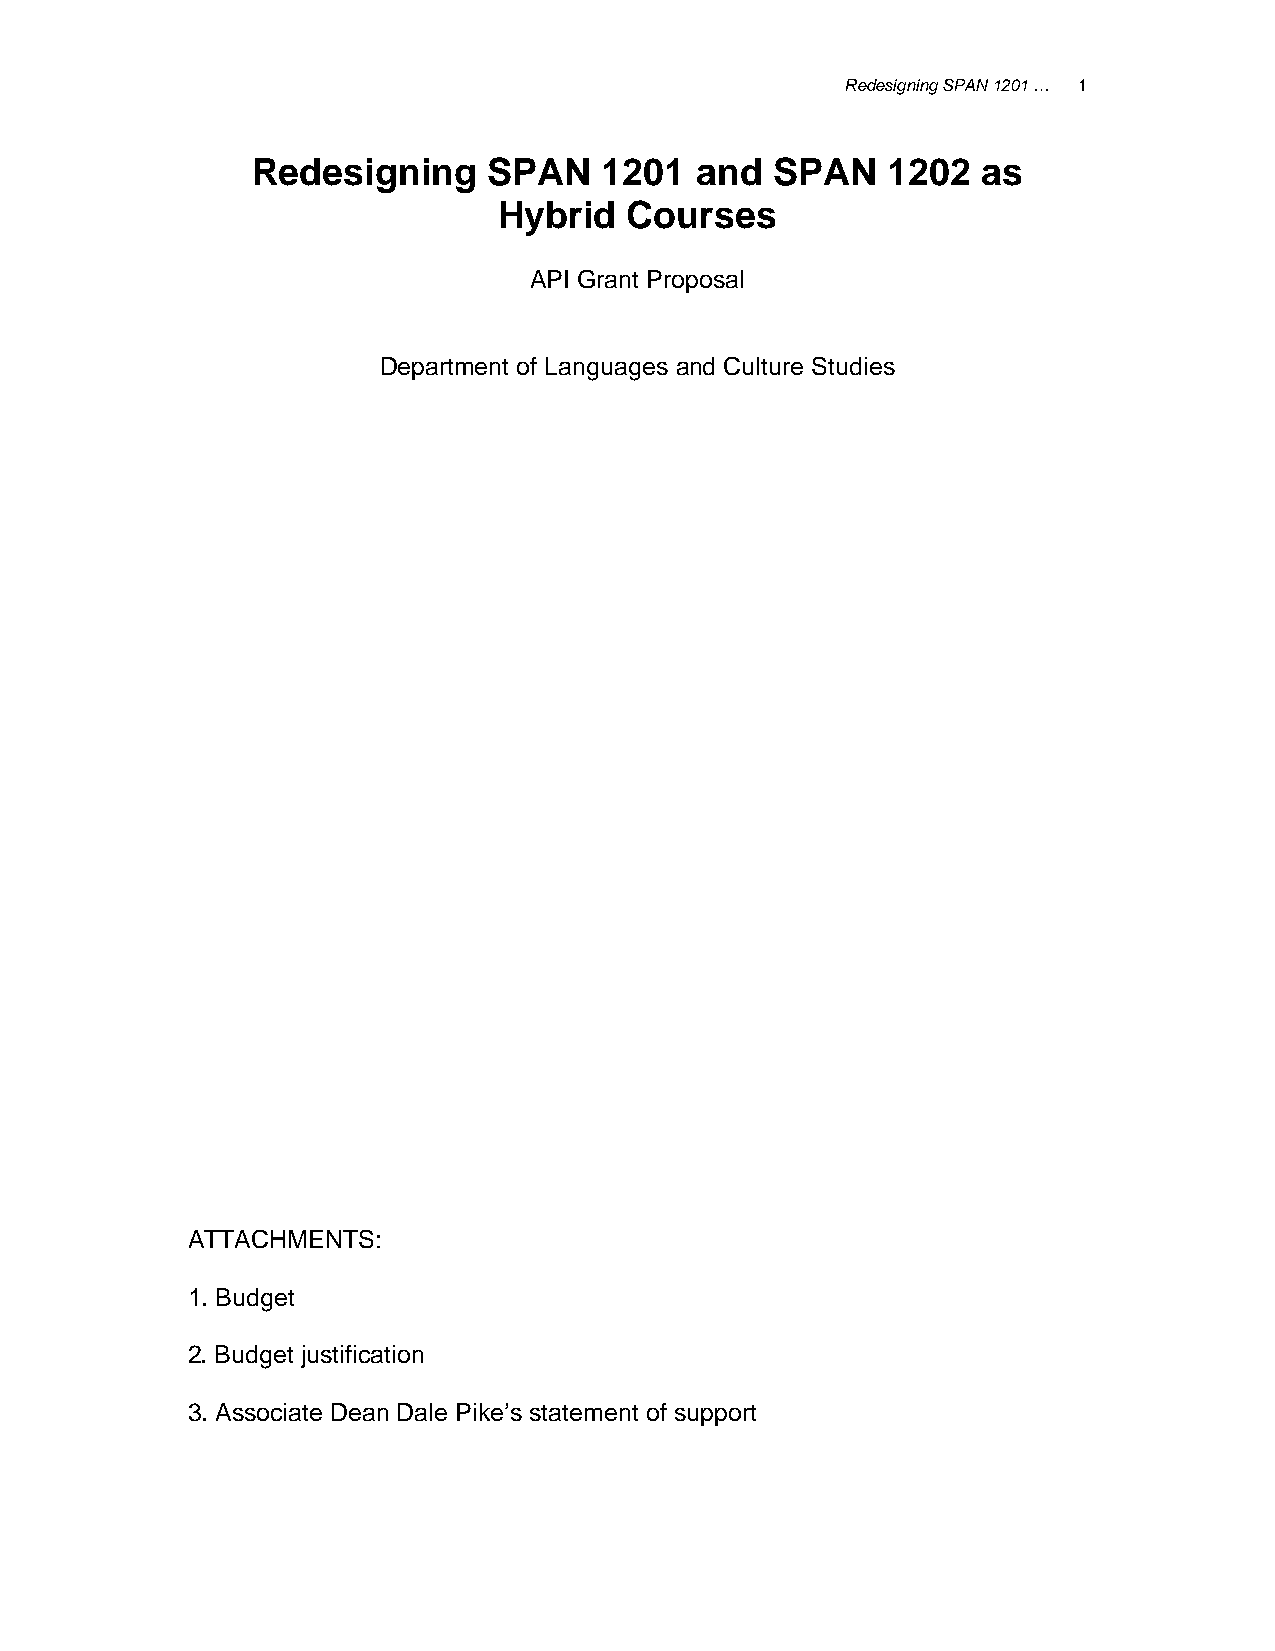
Redesigning SPAN 1201 … 1
 Redesigning    SPAN    1201  and  SPAN    1202  as
 Hybrid   Courses
 API Grant Proposal
 Department of Languages and Culture Studies
 ATTACHMENTS:
 1. Budget
 2. Budget justification
 3. Associate Dean Dale Pike’s statement of support